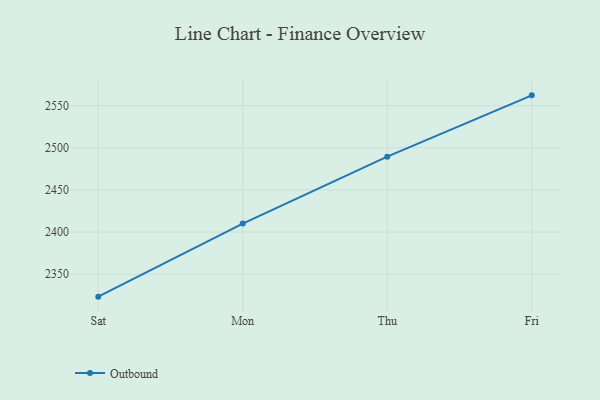
{"axis": {"x": "Day", "y": "Net Income (USD K)"}, "legend": ["Outbound"], "data": [{"x": "Sat", "y": 2323.3, "type": "Outbound"}, {"x": "Mon", "y": 2410.1, "type": "Outbound"}, {"x": "Thu", "y": 2489.5, "type": "Outbound"}, {"x": "Fri", "y": 2562.3, "type": "Outbound"}]}